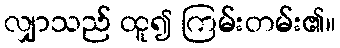
လျှာသည် ထူ၍ ကြမ်းတမ်း၏။